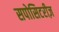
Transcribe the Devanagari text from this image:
सपोसिटरीज़